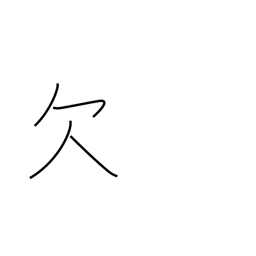
Meaning: lack